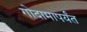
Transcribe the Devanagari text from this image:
गोदामापर्यंत